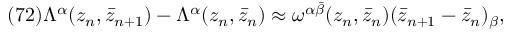
( 7 2 ) \Lambda ^ { \alpha } ( z _ { n } , \bar { z } _ { n + 1 } ) - \Lambda ^ { \alpha } ( z _ { n } , \bar { z } _ { n } ) \approx \omega ^ { \alpha \bar { \beta } } ( z _ { n } , \bar { z } _ { n } ) ( \bar { z } _ { n + 1 } - \bar { z } _ { n } ) _ { \beta } ,